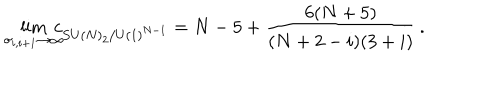
LaTeX: \lim _ { \sigma _ { i , i + 1 } \rightarrow \infty } \! \! \! \! c _ { S U ( N ) _ { 2 } / U ( 1 ) ^ { N - 1 } } = N - 5 + \frac { 6 ( N + 5 ) } { ( N + 2 - i ) ( 3 + i ) } \, .